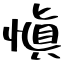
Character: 愼